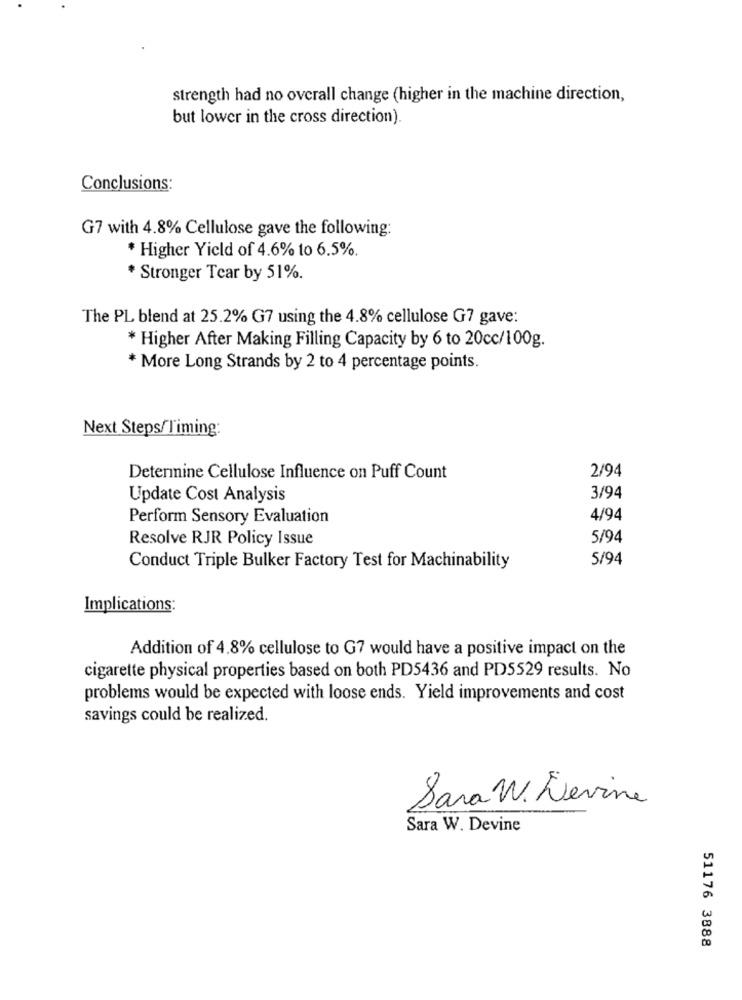
strength had no overall change (higher in the machine direction,
but lower in the cross direction).
Conclusions:
G7 with 4.8% Cellulose gave the following:
* Higher Yield of 4.6% to 6.5%
* Stronger Tear by 51%.
The PL blend at 25.2% G7 using the 4.8% cellulose G7 gave:
* Higher After Making Filling Capacity by 6 to 20cc/100g.
* More Long Strands by 2 to 4 percentage points.
Next Steps/Timing:
Determine Cellulose Influence on Puff Count
2/94
Update Cost Analysis
3/94
Perform Sensory Evaluation
4/94
Resolve RJR Policy Issue
5/94
5/94
Conduct Triple Bulker Factory Test for Machinability
Implications:
Addition of 4.8% cellulose to G7 would have a positive impact on the
cigarette physical properties based on both PD5436 and PD5529 results. No
problems would be expected with loose ends. Yield improvements and cost
savings could be realized.
Sara W. Levine
Sara W. Devine
51176 3888